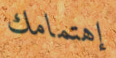
إهتمامك